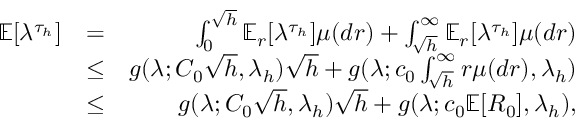
\begin{array} { r l r } { \mathbb { E } [ \lambda ^ { \tau _ { h } } ] } & { = } & { \int _ { 0 } ^ { \sqrt { h } } \mathbb { E } _ { r } [ \lambda ^ { \tau _ { h } } ] \mu ( d r ) + \int _ { \sqrt { h } } ^ { \infty } \mathbb { E } _ { r } [ \lambda ^ { \tau _ { h } } ] \mu ( d r ) } \\ & { \le } & { g ( \lambda ; C _ { 0 } \sqrt { h } , \lambda _ { h } ) \sqrt { h } + g ( \lambda ; c _ { 0 } \int _ { \sqrt { h } } ^ { \infty } r \mu ( d r ) , \lambda _ { h } ) } \\ & { \le } & { g ( \lambda ; C _ { 0 } \sqrt { h } , \lambda _ { h } ) \sqrt { h } + g ( \lambda ; c _ { 0 } \mathbb { E } [ R _ { 0 } ] , \lambda _ { h } ) , } \end{array}